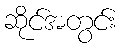
ဆိုင်အတွင်း